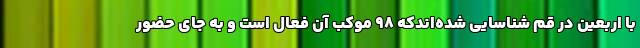
با اربعین در قم شناسایی شده‌اندکه 98 موکب آن فعال است و به جای حضور